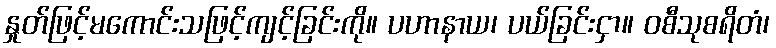
နှုတ်ဖြင့်မကောင်းသဖြင့်ကျင့်ခြင်းကို။ ပဟာနာယ၊ ပယ်ခြင်းငှာ။ ဝစီသုစရိတံ၊